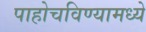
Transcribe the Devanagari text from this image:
पाहोचविण्यामध्ये